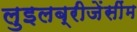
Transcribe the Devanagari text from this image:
लुइलब्रीजेंसींम